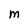
Character: M